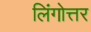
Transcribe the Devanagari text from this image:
लिंगोत्तर